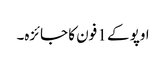
اوپو کے 1 فون کا جائزہ۔